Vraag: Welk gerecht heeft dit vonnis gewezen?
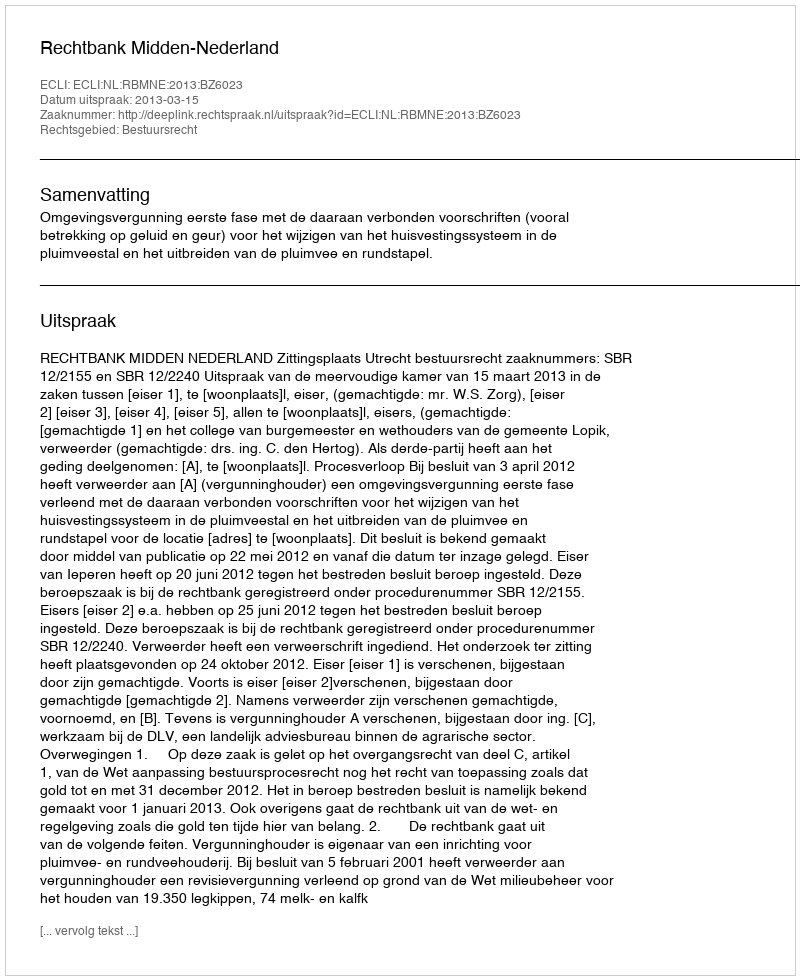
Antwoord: Rechtbank Midden-Nederland